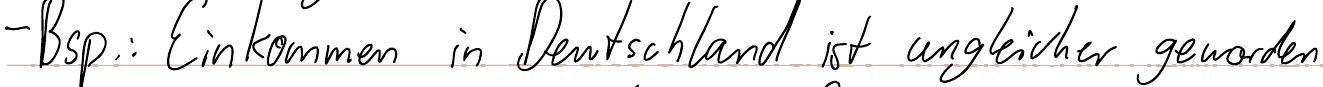
- Bsp.: Einkommen in Deutschland ist ungleicher geworden